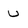
Character: U